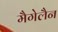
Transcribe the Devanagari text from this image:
मैगेलैन